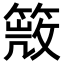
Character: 𥰙